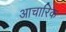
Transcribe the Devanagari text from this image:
आचारिक